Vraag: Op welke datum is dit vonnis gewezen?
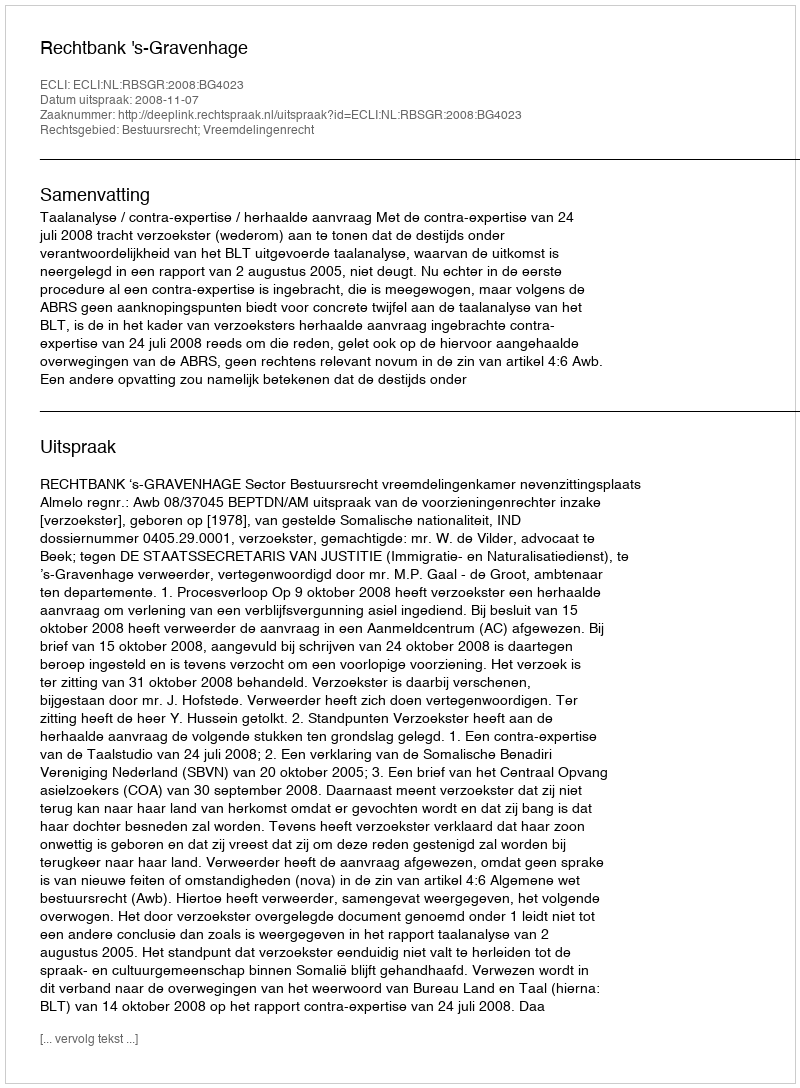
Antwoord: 2008-11-07